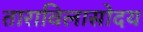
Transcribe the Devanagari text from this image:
ताराविलासोदय